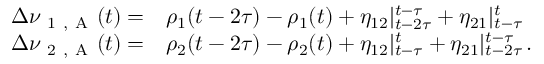
\begin{array} { r l } { \Delta \nu _ { \mathrm { ~ 1 ~ , ~ A ~ } } ( t ) = } & { { } \rho _ { 1 } ( t - 2 \tau ) - \rho _ { 1 } ( t ) + \eta _ { 1 2 } | _ { t - 2 \tau } ^ { t - \tau } + \eta _ { 2 1 } | _ { t - \tau } ^ { t } } \\ { \Delta \nu _ { \mathrm { ~ 2 ~ , ~ A ~ } } ( t ) = } & { { } \rho _ { 2 } ( t - 2 \tau ) - \rho _ { 2 } ( t ) + \eta _ { 1 2 } | _ { t - \tau } ^ { t } + \eta _ { 2 1 } | _ { t - 2 \tau } ^ { t - \tau } \, . } \end{array}